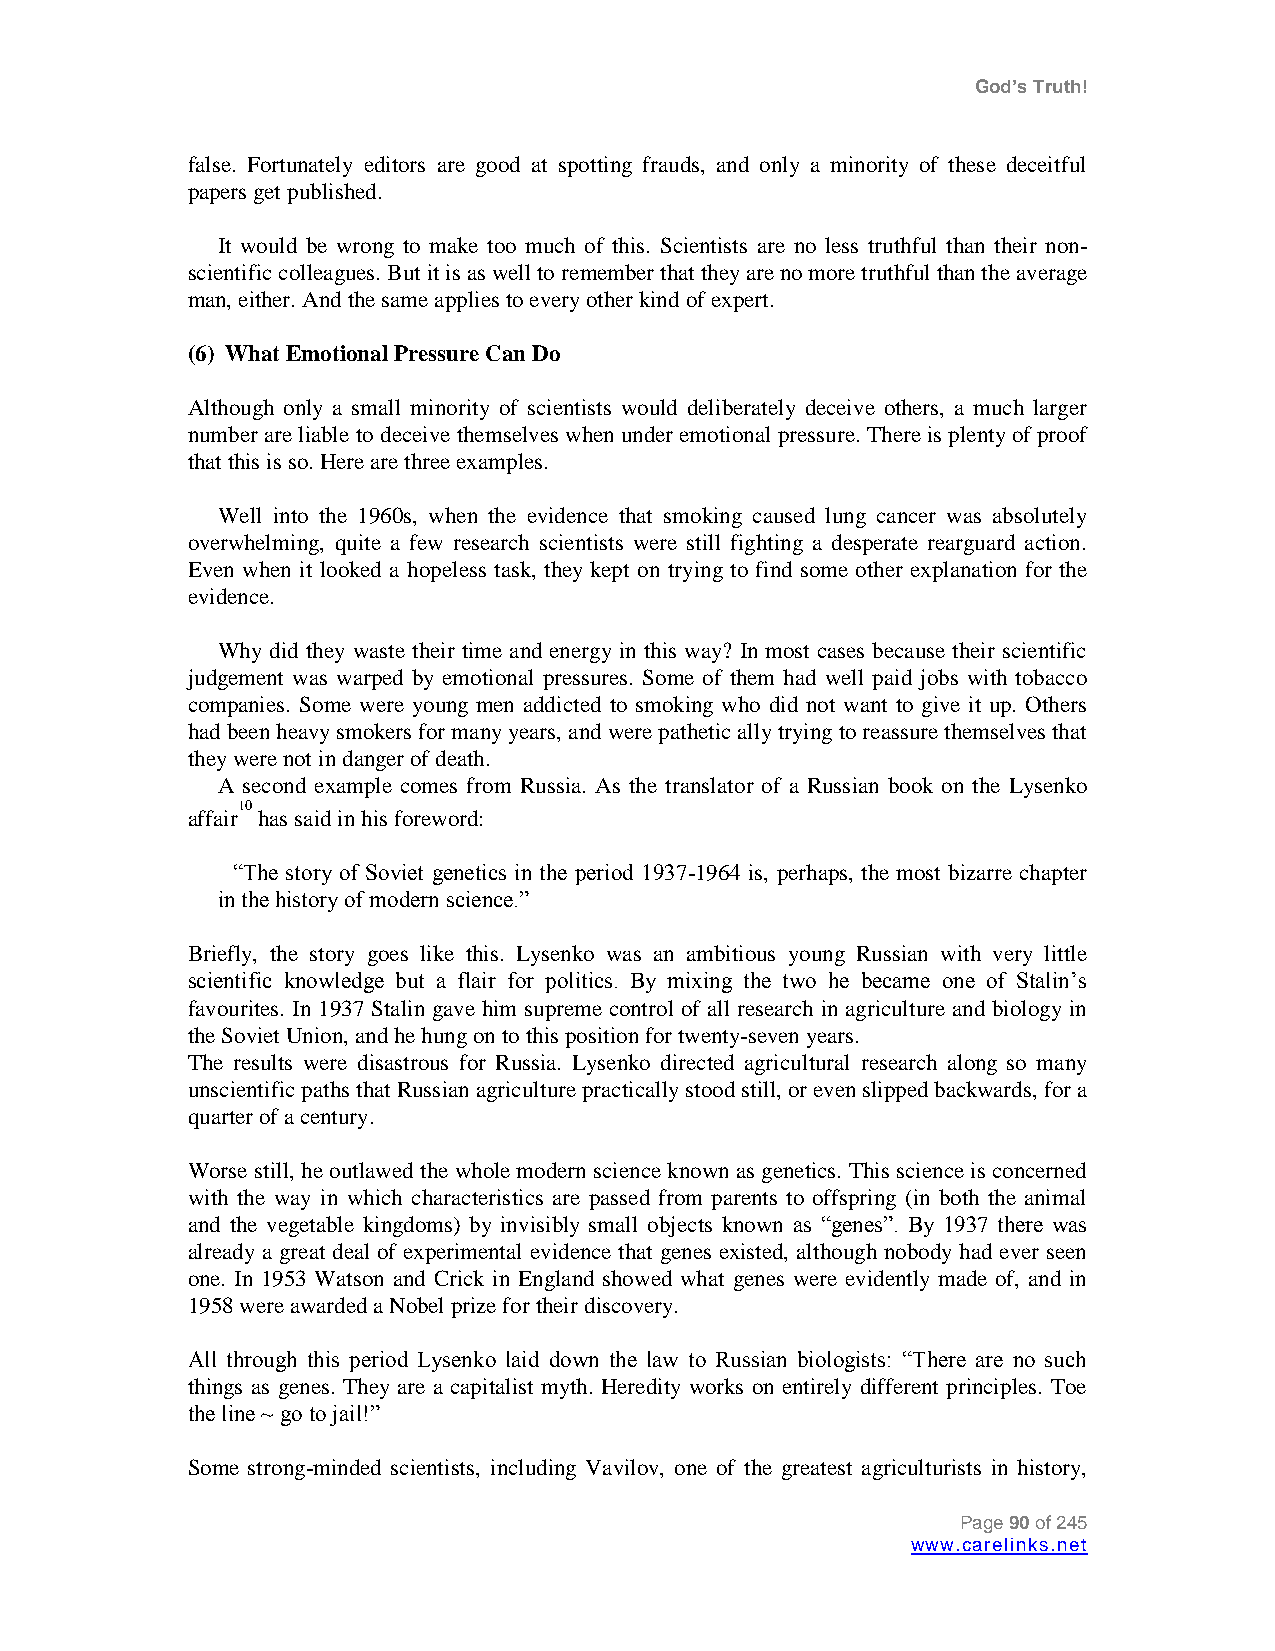
God’s Truth!
 false. Fortunately editors are good at spotting frauds, and only a minority of these deceitful
 papers get published.
 It would be wrong to make too much of this. Scientists are no less truthful than their non-
 scientific colleagues. But it is as well to remember that they are no more truthful than the average
 man, either. And the same applies to every other kind of expert.
 (6) What Emotional Pressure Can Do
 Although only a small minority of scientists would deliberately deceive others, a much larger
 number are liable to deceive themselves when under emotional pressure. There is plenty of proof
 that this is so. Here are three examples.
 Well into the 1960s, when the evidence that smoking caused lung cancer was absolutely
 overwhelming, quite a few research scientists were still fighting a desperate rearguard action.
 Even when it looked a hopeless task, they kept on trying to find some other explanation for the
 evidence.
 Why did they waste their time and energy in this way? In most cases because their scientific
 judgement was warped by emotional pressures. Some of them had well paid jobs with tobacco
 companies. Some were young men addicted to smoking who did not want to give it up. Others
 had been heavy smokers for many years, and were pathetic ally trying to reassure themselves that
 they were not in danger of death.
 A second example comes from Russia. As the translator of a Russian book on the Lysenko
 affair10
 has said in his foreword:
 “The story of Soviet genetics in the period 1937-1964 is, perhaps, the most bizarre chapter
 in the history of modern science.”
 Briefly, the story goes like this. Lysenko was an ambitious young Russian with very little
 scientific knowledge but a flair for politics. By mixing the two he became one of Stalin‟s
 favourites. In 1937 Stalin gave him supreme control of all research in agriculture and biology in
 the Soviet Union, and he hung on to this position for twenty-seven years.
 The results were disastrous for Russia. Lysenko directed agricultural research along so many
 unscientific paths that Russian agriculture practically stood still, or even slipped backwards, for a
 quarter of a century.
 Worse still, he outlawed the whole modern science known as genetics. This science is concerned
 with the way in which characteristics are passed from parents to offspring (in both the animal
 and the vegetable kingdoms) by invisibly small objects known as “genes”. By 1937 there was
 already a great deal of experimental evidence that genes existed, although nobody had ever seen
 one. In 1953 Watson and Crick in England showed what genes were evidently made of, and in
 1958 were awarded a Nobel prize for their discovery.
 All through this period Lysenko laid down the law to Russian biologists: “There are no such
 things as genes. They are a capitalist myth. Heredity works on entirely different principles. Toe
 the line ~ go to jail!”
 Some strong-minded scientists, including Vavilov, one of the greatest agriculturists in history,
 Page 90 of 245
 www.carelinks.net